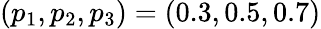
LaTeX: (p_{1},p_{2},p_{3})=(0.3,0.5,0.7)